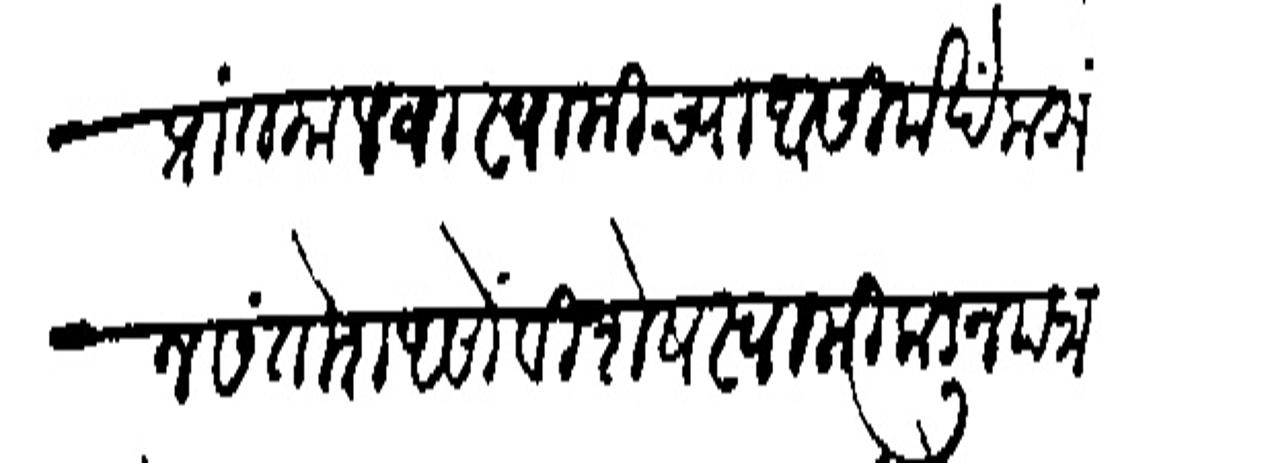
Transliteration (Devanagari): प्रांत मालवा स्वामीच्या आसिर्वादें करूंन संतोश असों विशेष स्वामीकडून पत्र